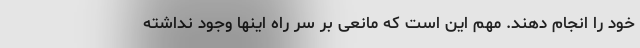
خود را انجام دهند. مهم این است که مانعی بر سر راه اینها وجود نداشته